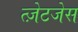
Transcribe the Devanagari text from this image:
त्ज़ेटजेस